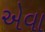
એવા